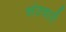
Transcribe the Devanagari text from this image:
संतचारी